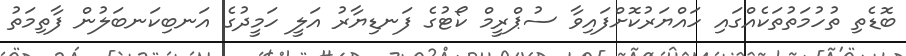
ބޮޑެތި ތުހުމަތުތަކެއްގައި ހައްޔަރުކޮށްފައިވާ ސުޕްރީމް ކޯޓުގެ ފަނޑިޔާރު އަލީ ހަމީދުގެ އަނބިކަނބަލުން ފާތިމަތު